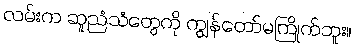
လမ်းက ဆူညံသံတွေကို ကျွန်တော်မကြိုက်ဘူး။